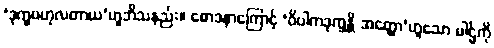
‘ဒုက္ခဗဟုလတာယ’ဟူဘိသနည်း။ စောဒနာကြောင့် ‘ဝိပါကဒုက္ခန္တိ အတ္ထော’ဟူသော ပါဌ်ကို